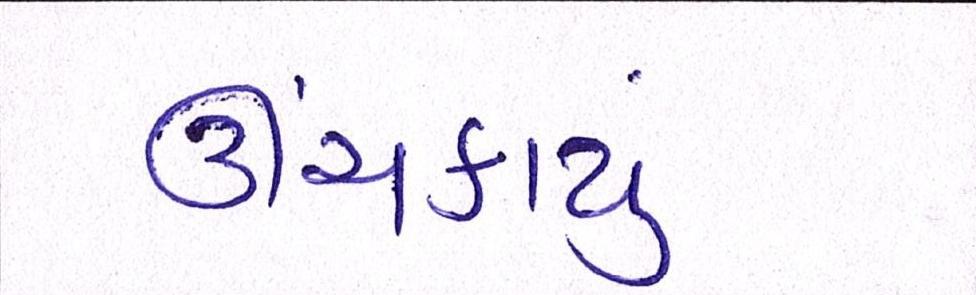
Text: ઊંચકાયું